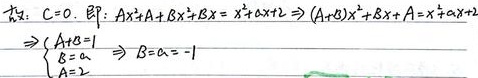
\begin{align*}
& \text{解：}C = 0.\ \text{即：}Ax + A + B^2x=x^2+\alpha x + 2\Rightarrow(A + B^2)x + B + A=x^2+\alpha x + 2\\
& \Rightarrow
\begin{cases}
A + B^2 = 1\\
B + A=\alpha\\
B = 2
\end{cases}
\Rightarrow B=\alpha=-1
\end{align*}